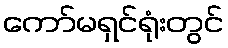
ကော်မရှင်ရုံးတွင်